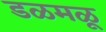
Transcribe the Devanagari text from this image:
डळमळू